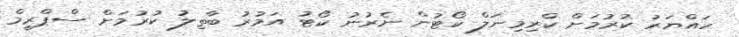
ހައްޔަރު ކުރުމަށް ކްރިމިނަލް ކޯޓުން ނެރުނު ކޯޓު އަމުރު ބާތިލު ކުރުމަށް ސްޕްރީމް